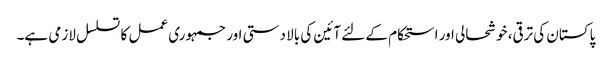
پاکستان کی ترقی، خوشحالی اور استحکام کے لئے آئین کی بالا دستی اور جمہوری عمل کا تسلسل لازمی ہے۔